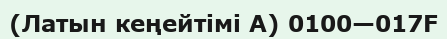
(Латын кеңейтімі A) 0100—017F